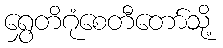
ရွှေတိဂုံစေတီတော်သို့